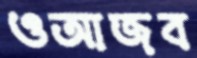
ওআজব